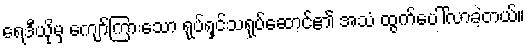
ရေဒီယိုမှ ကျော်ကြားသော ရုပ်ရှင်သရုပ်ဆောင်၏ အသံ ထွက်ပေါ်လာခဲ့တယ်။